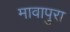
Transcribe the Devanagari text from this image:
मावापुरा